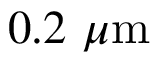
0 . 2 \ \mu \mathrm { m }